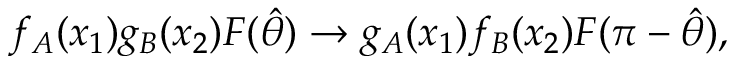
f _ { A } ( x _ { 1 } ) g _ { B } ( x _ { 2 } ) F ( \hat { \theta } ) \rightarrow g _ { A } ( x _ { 1 } ) f _ { B } ( x _ { 2 } ) F ( \pi - \hat { \theta } ) ,